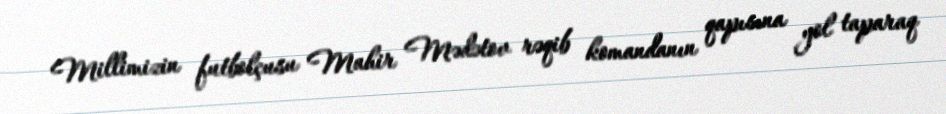
Millimizin futbolçusu Mahir Mədətov rəqib komandanın qapısına yol taparaq